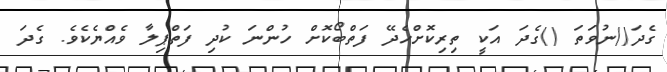
ގެދަ()ނުވަތަ ()ގެދަ އަކީ ތިރިކޮށްހެދޭ ފަތްބޯކޮށް ހުންނަ ކުދި ފަތްޕިލާ ވެއްޔެކެވެ. ގެދަ